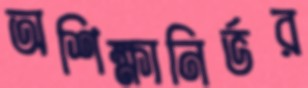
অশিক্ষানির্ভর